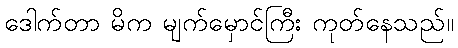
ဒေါက်တာ မိက မျက်မှောင်ကြီး ကုတ်နေသည်။